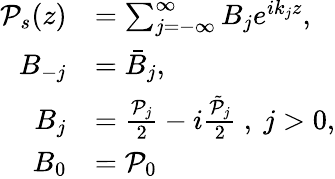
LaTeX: \begin{array}{rl}{\mathcal{P}_{s}(z)}&{=\sum_{j=-\infty}^{\infty}B_{j}e^{ik_{j}z},}\\ {B_{-j}}&{=\bar{B}_{j},}\\ {B_{j}}&{=\frac{\mathcal{P}_{j}}{2}-i\frac{\tilde{\mathcal{P}}_{j}}{2}\mathrm{~,~}j>0,}\\ {B_{0}}&{=\mathcal{P}_{0}}\end{array}